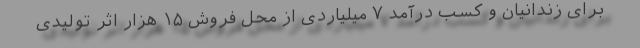
برای زندانیان و کسب درآمد ۷ میلیاردی از محل فروش ۱۵ هزار اثر تولیدی